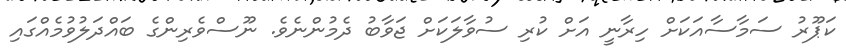
ކަޕޫރު ސަމާސާއަކަށް ހިރާނީ އަށް ކުރި ސުވާލަކަށް ޖަވާބު ދެމުންނެވެ. ނޫސްވެރިންގެ ބައްދަލުވުމެއްގައި